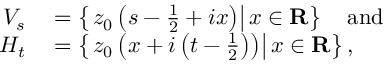
\begin{array} { r l } { V _ { s } } & { { } = \left\{ \left. z _ { 0 } \left( s - { \frac { 1 } { 2 } } + i x \right) \right\vert x \in \mathbf { R } \right\} \quad { \mathrm { a n d } } } \\ { H _ { t } } & { { } = \left\{ \left. z _ { 0 } \left( x + i \left( t - { \frac { 1 } { 2 } } \right) \right) \right\vert x \in \mathbf { R } \right\} , } \end{array}